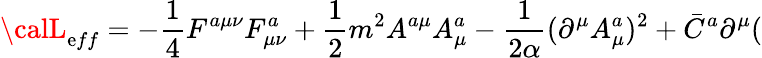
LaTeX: {\calL}_{\mathrm{e}ff}=-\frac{1}{4}F^{a\mu\nu}F_{\mu\nu}^{a}+\frac{1}{2}m^{2}A^{a\mu}A_{\mu}^{a}-\frac{1}{{2\alpha}}(\partial^{\mu}A_{\mu}^{a})^{2}+\bar{{C}}^{a}\partial^{\mu}(